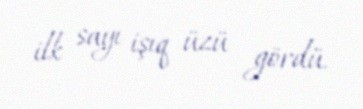
ilk sayı işıq üzü gördü.